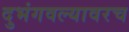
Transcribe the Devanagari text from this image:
दुभंगवल्यावरच